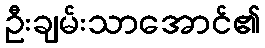
ဦးချမ်းသာအောင်၏